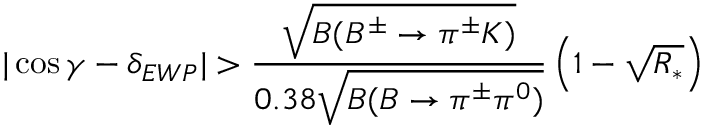
| \cos \gamma - \delta _ { E W P } | > \frac { \sqrt { B ( B ^ { \pm } \to \pi ^ { \pm } K ) } } { 0 . 3 8 \sqrt { B ( B \to \pi ^ { \pm } \pi ^ { 0 } ) } } \left( 1 - \sqrt { R _ { * } } \right)